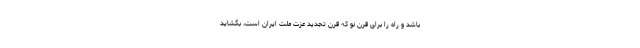
باشد و راه را برای قرن نو که قرن تجدید عزت ملّت ایران است، بگشاید